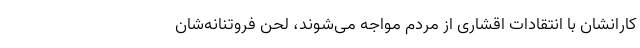
کارانشان با انتقادات اقشاری از مردم مواجه می‌شوند، لحن فروتنانه‌شان